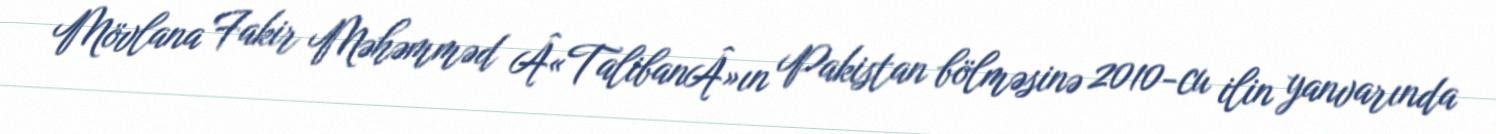
Mövlana Fakir Məhəmməd Â«TalibanÂ»ın Pakistan bölməsinə 2010-cu ilin yanvarında